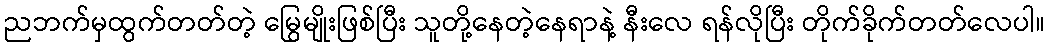
ညဘက်မှထွက်တတ်တဲ့ မြွေမျိုးဖြစ်ပြီး သူတို့နေတဲ့နေရာနဲ့ နီးလေ ရန်လိုပြီး တိုက်ခိုက်တတ်လေပါ။